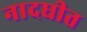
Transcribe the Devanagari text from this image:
नादधीत